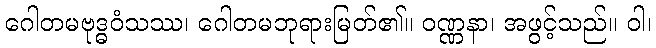
ဂေါတမဗုဒ္ဓဝံသဿ၊ ဂေါတမဘုရားမြတ်၏။ ဝဏ္ဏနာ၊ အဖွင့်သည်။ ဝါ၊